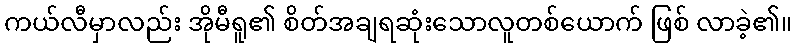
ကယ်လီမှာလည်း အိုမီရူ၏ စိတ်အချရဆုံးသောလူတစ်ယောက် ဖြစ် လာခဲ့၏။